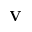
\textbf { V }